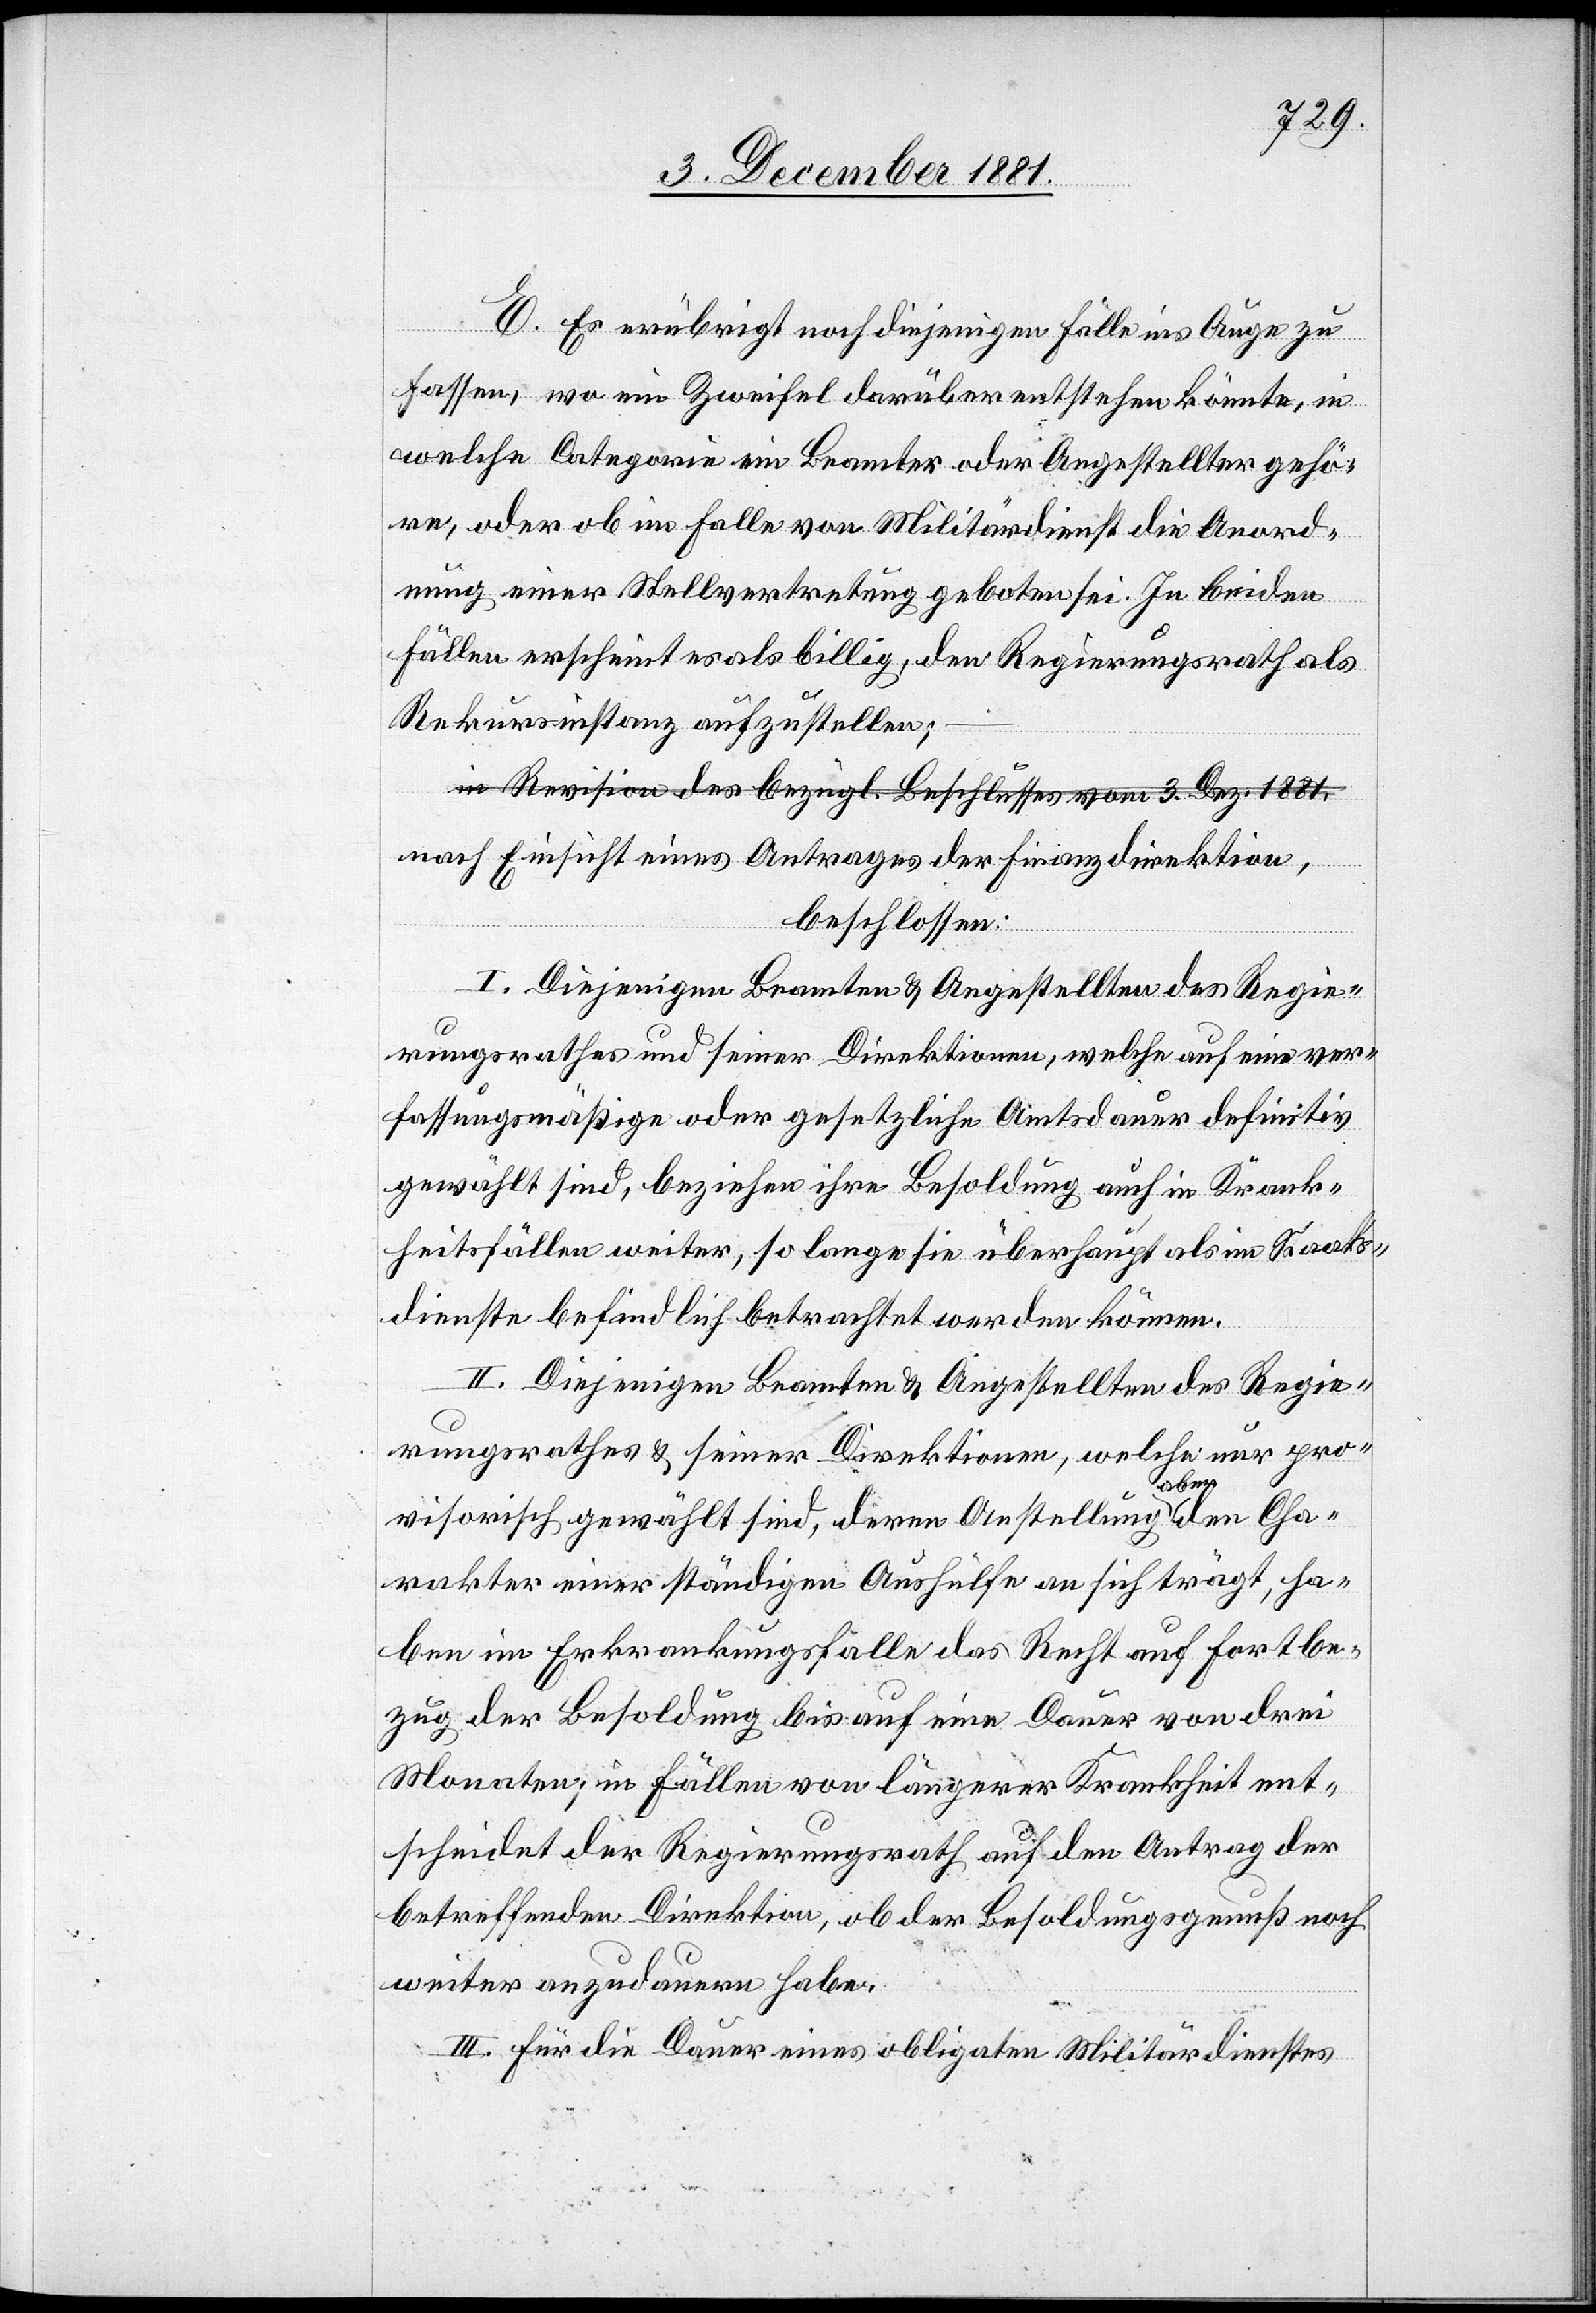
E. Es erübrigt noch diejenigen Fälle ins Auge zu
fassen, wo ein Zweifel darüber erstehen könnte, in
welche Categorie ein Beamter oder Angestellter gehö¬
ren, oder ob im Falle von Militärdienst die Anord¬
nung einer Stellvertretung geboten sei. In beiden
Fällen erscheint es als billig, den Regierungsrath als
Rekursinstanz aufzustellen;
in Revision des bezügl. Beschlusses vom 3. Dez. 1881,
nach Einsicht eines Antrages der Finanzdirektion,
beschlossen:
I. Diejenigen Beamten & Angestellten des Regie¬
rungsrathes und seiner Direktionen, welche auf eine ver¬
fassungsmäßige oder gesetzliche Amtsdauer definitiv
gewählt sind, beziehen ihre Besoldung auch in Krank¬
heitsfällen weiter, so lange sie überhaupt als im Staats¬
dienste befindlich betrachtet werden können.
II. Diejenigen Beamten & Angestellten des Regie¬
rungsrathes & seiner Direktionen, welche nur pro¬
visorisch gewählt sind, deren Anstellung aber den Cha¬
rakter einer ständigen Aushülfe an sich trägt, ha¬
ben im Erkrankungsfalle das Recht auf Fortbe¬
zug der Besoldung bis auf eine Dauer von drei
Monaten; in Fällen von längerer Krankheit ent¬
scheidet der Regierungsrath auf den Antrag der
betreffenden Direktion, ob der Besoldungsgenuß noch
weiter anzudauern habe.
III. Für die Dauer eines obligaten Militärdienstes